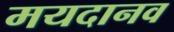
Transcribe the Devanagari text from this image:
मयदानव